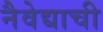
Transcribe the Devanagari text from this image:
नैवेद्याची